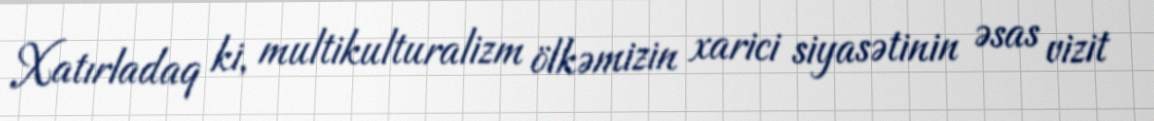
Xatırladaq ki, multikulturalizm ölkəmizin xarici siyasətinin əsas vizit